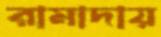
রামাদায়